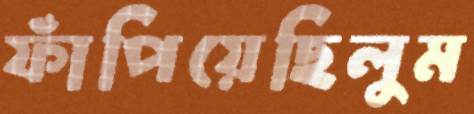
ফাঁপিয়েছিলুম